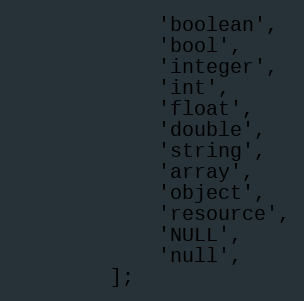
Language: PHP
            'boolean',
            'bool',
            'integer',
            'int',
            'float',
            'double',
            'string',
            'array',
            'object',
            'resource',
            'NULL',
            'null',
        ];